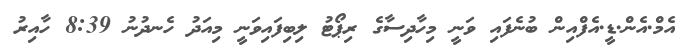
އެމް.އެން.ޑީ.އެފްއިން ބުނެފައި ވަނީ މިހާދިސާގެ ރިޕޯޓު ލިބިފައިވަނީ މިއަދު ހެނދުނު 8:39 ހާއިރު